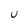
Character: U